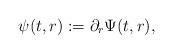
LaTeX: \begin{align*} \psi(t,r) := \partial_r \Psi(t,r),\end{align*}